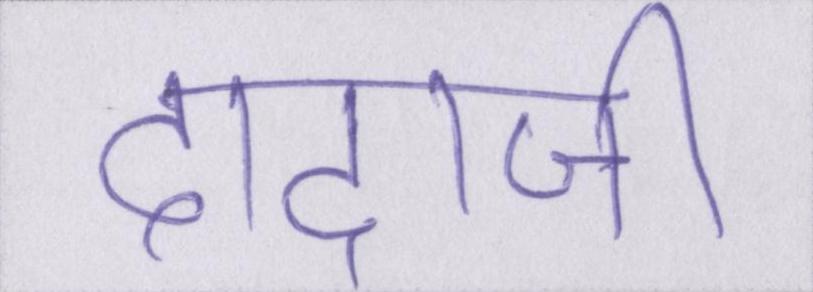
दादाजी